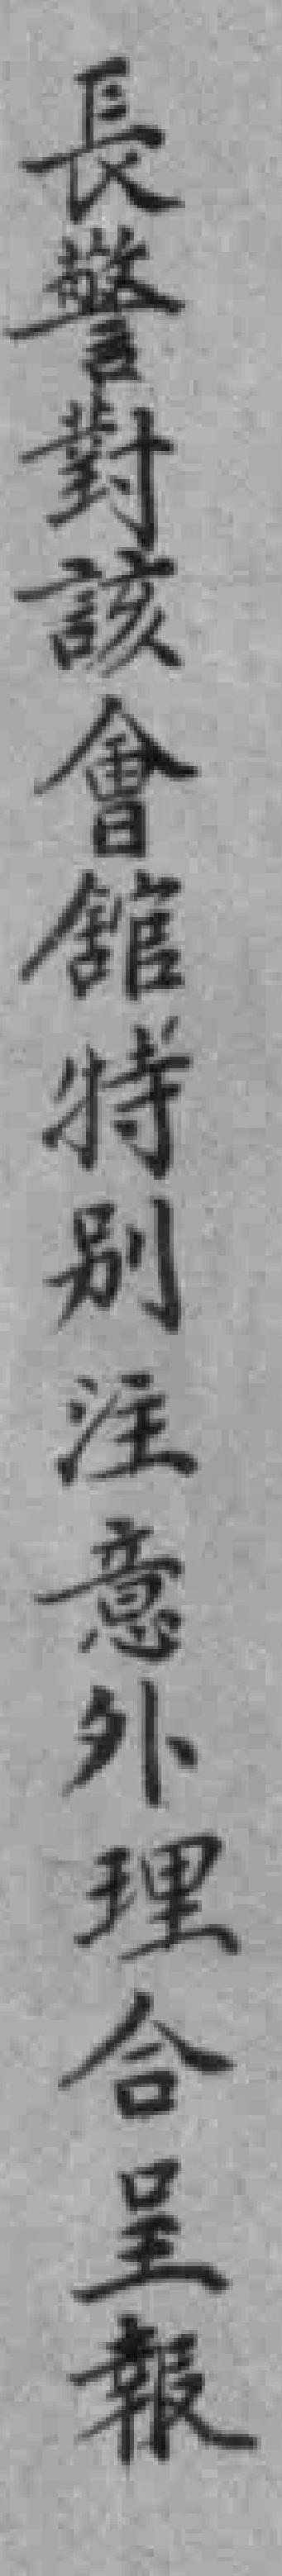
長警對該會館特別注意外理合呈報